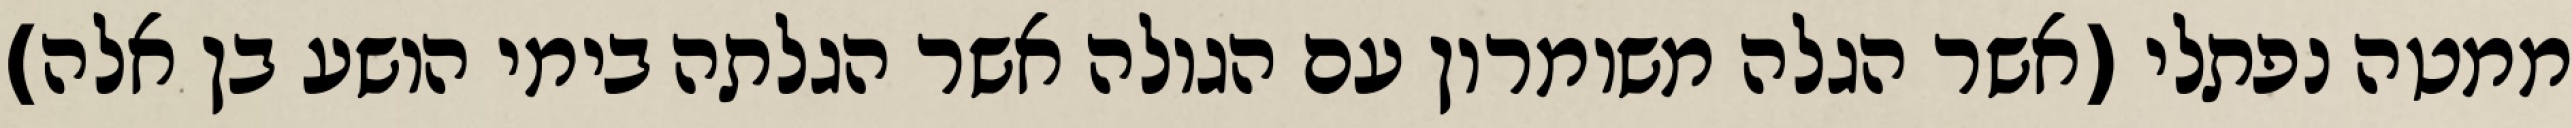
ממטה נפתלי (אשר הגלה משומרון עם הגולה אשר הגלתה בימי הושע בן אלה)